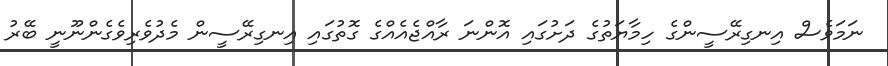
ނަމަވެސް އިނގިރޭސީންގެ ހިމާޔަތުގެ ދަށުގައި އޮންނަ ރާއްޖެއެއްގެ ގޮތުގައި އިނގިރޭސީން މެދުވެރިވެގެންނޫނީ ބޭރު